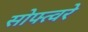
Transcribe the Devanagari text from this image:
सोफ्त्वरे